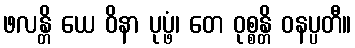
ဖလန္တိ ယေ ဝိနာ ပုပ္ဖံ၊ တေ ဝုစ္စန္တိ ဝနပ္ပတီ။